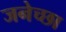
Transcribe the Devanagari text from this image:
जनेच्छा